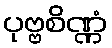
ပုဗ္ဗစိဏ္ဏံ